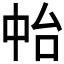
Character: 𠁯